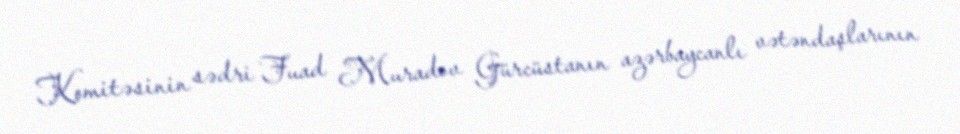
Komitəsinin sədri Fuad Muradov Gürcüstanın azərbaycanlı vətəndaşlarının